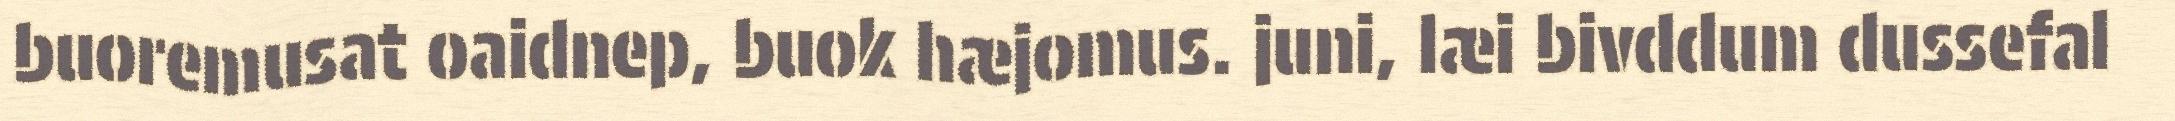
buoremusat oaidnep, buok hæjomus. juni, læi bivddum dussefal